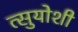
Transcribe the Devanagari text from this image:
त्सुयोशी